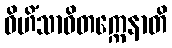
ဝိဟိံသာဝိတက္ကေနာတိ